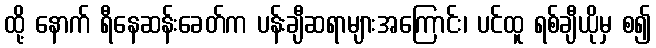
ထို့ နောက် ရီနေဆန်းခေတ်က ပန်းချီဆရာများအကြောင်း၊ ပင်ထူ ရစ်ချီယိုမှ စ၍